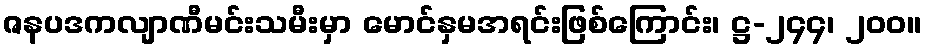
ဇနပဒကလျာဏီမင်းသမီးမှာ မောင်နှမအရင်းဖြစ်ကြောင်း၊ ဋ္ဌ-၂၄၄၊ ၂၀၀။